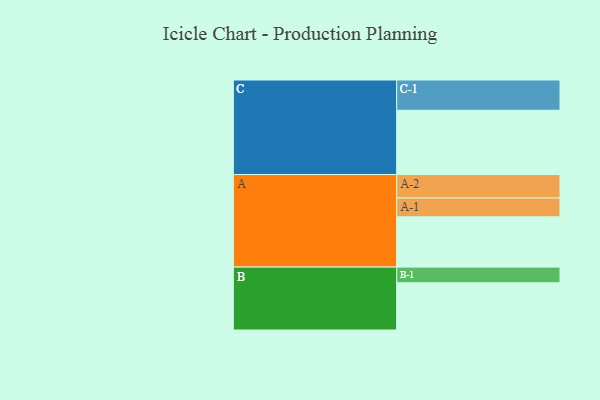
{"axis": {"x": "Segment", "y": "Value"}, "legend": ["", "A", "B", "C"], "data": [{"x": "A", "y": 427, "type": ""}, {"x": "B", "y": 401, "type": ""}, {"x": "C", "y": 546, "type": ""}, {"x": "A-1", "y": 160, "type": "A"}, {"x": "A-2", "y": 199, "type": "A"}, {"x": "B-1", "y": 133, "type": "B"}, {"x": "C-1", "y": 257, "type": "C"}]}